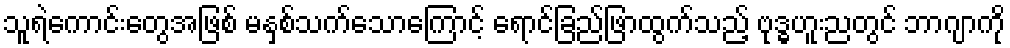
သူရဲကောင်းတွေအဖြစ် မနှစ်သက်သောကြောင့် ရောင်ခြည်ဖြာထွက်သည့် ဗုဒ္ဓဟူးညတွင် ဘာဂျာကို